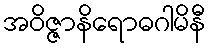
အဝိဇ္ဇာနိရောဓဂါမိနီ